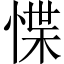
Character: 惵